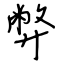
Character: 弊